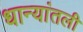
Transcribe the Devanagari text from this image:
धान्यांतली